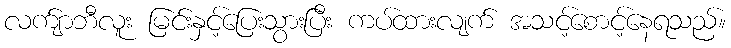
လက်ျာဘီလူး မြင်းနှင့်ပြေးသွားပြီး ကပ်ထားလျက် အသင့်စောင့်နေရသည်။